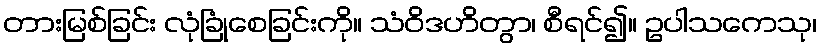
တားမြစ်ခြင်း လုံခြုံစေခြင်းကို။ သံဝိဒဟိတွာ၊ စီရင်၍။ ဥပါသကေသု၊